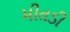
મીતડી